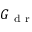
G _ { \mathrm { ~ d ~ r ~ } }